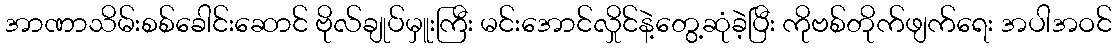
အာဏာသိမ်းစစ်ခေါင်းဆောင် ဗိုလ်ချုပ်မှူးကြီး မင်းအောင်လှိုင်နဲ့တွေ့ဆုံခဲ့ပြီး ကိုဗစ်တိုက်ဖျက်ရေး အပါအဝင်